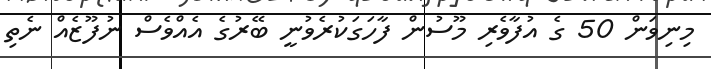
މިނިވަން 50 ގެ އުފާވެރި މޫސުން ފާހަގަކުރެވުނީ ބޭރުގެ އެއްވެސް ނުފޫޒެއް ނެތި